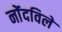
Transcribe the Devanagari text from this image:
नोंंदविले